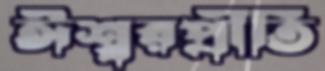
ঈশ্বরপ্রীতি